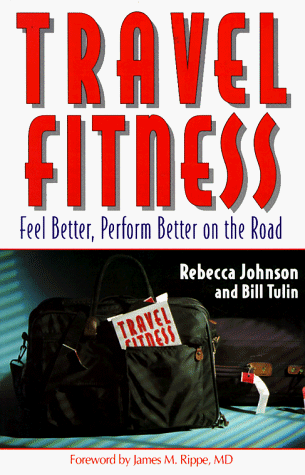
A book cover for Travel Fitness; Rebecca Johnson; Travel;